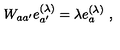
W _ { a a ^ { \prime } } e _ { a ^ { \prime } } ^ { ( \lambda ) } = \lambda e _ { a } ^ { ( \lambda ) } \ ,